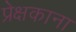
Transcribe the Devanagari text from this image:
प्रेक्षकाना